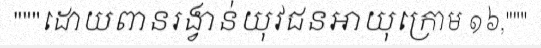
"""ដោយពានរង្វាន់យុវជនអាយុក្រោម ១៦,"""